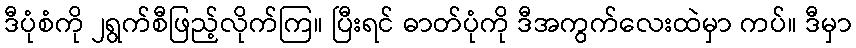
ဒီပုံစံကို ၂ရွက်စီဖြည့်လိုက်ကြ။ ပြီးရင် ဓာတ်ပုံကို ဒီအကွက်လေးထဲမှာ ကပ်။ ဒီမှာ